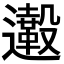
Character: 𨙀